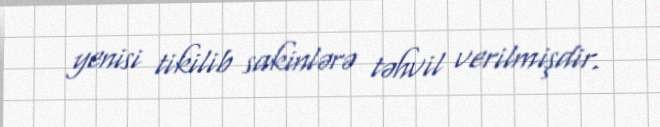
yenisi tikilib sakinlərə təhvil verilmişdir.